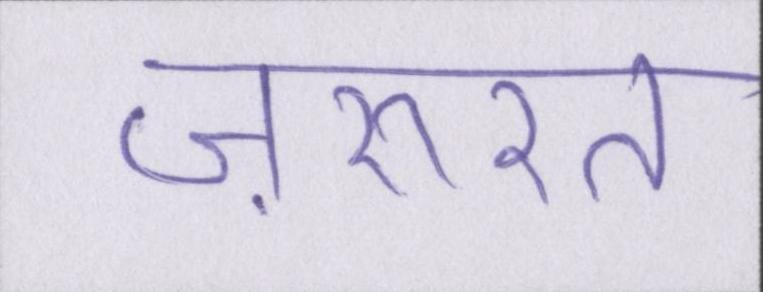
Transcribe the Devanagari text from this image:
ज़रुरत